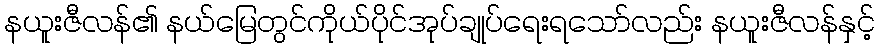
နယူးဇီလန်၏ နယ်မြေတွင်ကိုယ်ပိုင်အုပ်ချုပ်ရေးရသော်လည်း နယူးဇီလန်နှင့်